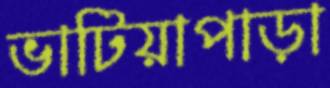
ভাটিয়াপাড়া